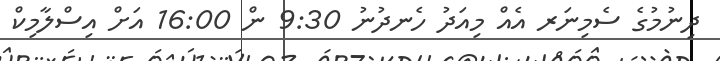
ދިނުމުގެ ސެމިނަރ އެއް މިއަދު ހެނދުނު 9:30 ން 16:00 އަށް އިސްލާމިކް